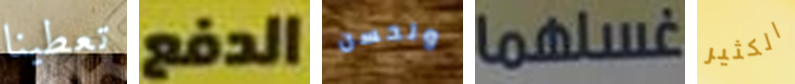
تعطينا الدفع ولحسن غسلهما الكثير